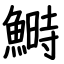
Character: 鰣